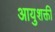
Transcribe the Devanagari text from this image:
आयुशक्ती